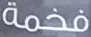
فخمة